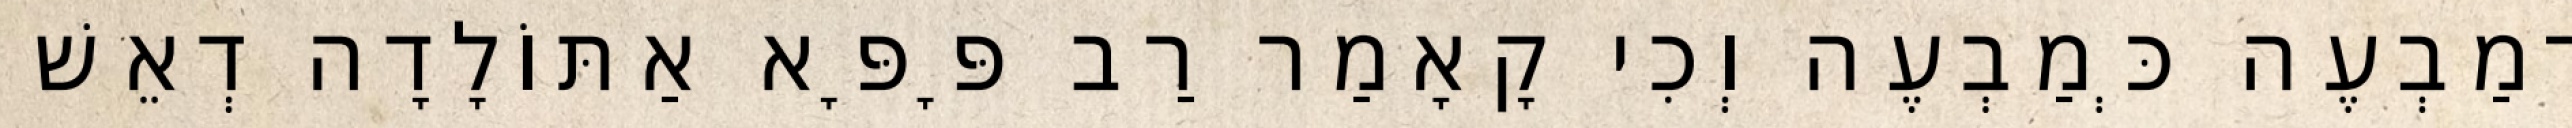
דְמַבְעֶה כְּמַבְעֶה וְכִי קָאָמַר רַב פָּפָּא אַתּוֹלָדָה דְאֵשׁ